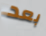
بعد